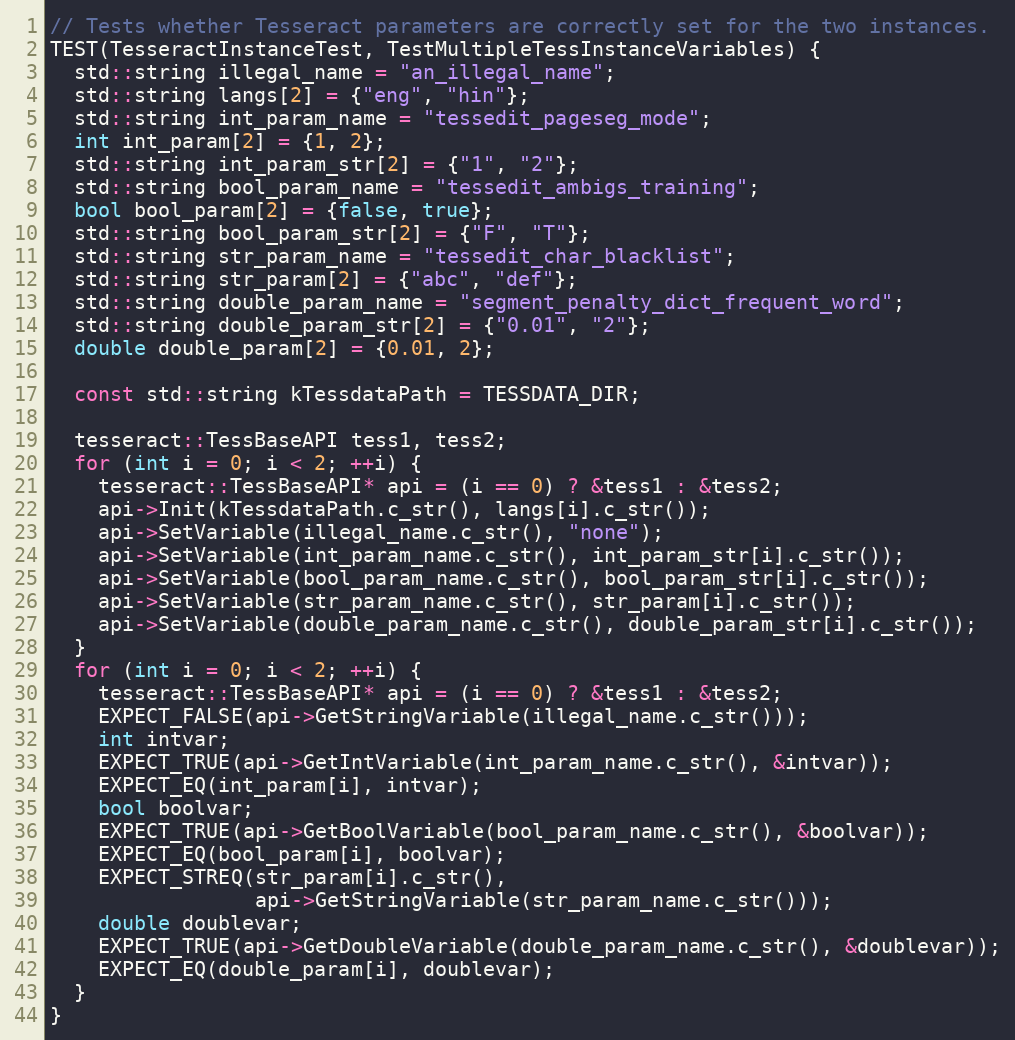
Language: C++
// Tests whether Tesseract parameters are correctly set for the two instances.
TEST(TesseractInstanceTest, TestMultipleTessInstanceVariables) {
  std::string illegal_name = "an_illegal_name";
  std::string langs[2] = {"eng", "hin"};
  std::string int_param_name = "tessedit_pageseg_mode";
  int int_param[2] = {1, 2};
  std::string int_param_str[2] = {"1", "2"};
  std::string bool_param_name = "tessedit_ambigs_training";
  bool bool_param[2] = {false, true};
  std::string bool_param_str[2] = {"F", "T"};
  std::string str_param_name = "tessedit_char_blacklist";
  std::string str_param[2] = {"abc", "def"};
  std::string double_param_name = "segment_penalty_dict_frequent_word";
  std::string double_param_str[2] = {"0.01", "2"};
  double double_param[2] = {0.01, 2};

  const std::string kTessdataPath = TESSDATA_DIR;

  tesseract::TessBaseAPI tess1, tess2;
  for (int i = 0; i < 2; ++i) {
    tesseract::TessBaseAPI* api = (i == 0) ? &tess1 : &tess2;
    api->Init(kTessdataPath.c_str(), langs[i].c_str());
    api->SetVariable(illegal_name.c_str(), "none");
    api->SetVariable(int_param_name.c_str(), int_param_str[i].c_str());
    api->SetVariable(bool_param_name.c_str(), bool_param_str[i].c_str());
    api->SetVariable(str_param_name.c_str(), str_param[i].c_str());
    api->SetVariable(double_param_name.c_str(), double_param_str[i].c_str());
  }
  for (int i = 0; i < 2; ++i) {
    tesseract::TessBaseAPI* api = (i == 0) ? &tess1 : &tess2;
    EXPECT_FALSE(api->GetStringVariable(illegal_name.c_str()));
    int intvar;
    EXPECT_TRUE(api->GetIntVariable(int_param_name.c_str(), &intvar));
    EXPECT_EQ(int_param[i], intvar);
    bool boolvar;
    EXPECT_TRUE(api->GetBoolVariable(bool_param_name.c_str(), &boolvar));
    EXPECT_EQ(bool_param[i], boolvar);
    EXPECT_STREQ(str_param[i].c_str(),
                 api->GetStringVariable(str_param_name.c_str()));
    double doublevar;
    EXPECT_TRUE(api->GetDoubleVariable(double_param_name.c_str(), &doublevar));
    EXPECT_EQ(double_param[i], doublevar);
  }
}